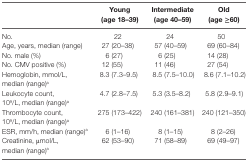
<table><thead><tr><td></td><td><b>Young (age 18–39)</b></td><td><b>Intermediate (age 40–59)</b></td><td><b>Old (age ≥60)</b></td></tr></thead><tbody><tr><td>No.</td><td>22</td><td>24</td><td>50</td></tr><tr><td>Age, years, median (range)</td><td>27 (20–38)</td><td>57 (40–59)</td><td>69 (60–84)</td></tr><tr><td>No. male (%)</td><td>6 (27)</td><td>6 (25)</td><td>14 (28)</td></tr><tr><td>No. CMV positive (%)</td><td>12 (55)</td><td>11 (46)</td><td>27 (54)</td></tr><tr><td>Hemoglobin, mmol/L, median (range)<sup>a</sup></td><td>8.3 (7.3–9.5)</td><td>8.5 (7.5–10.0)</td><td>8.6 (7.1–10.2)</td></tr><tr><td>Leukocyte count, 10<sup>9</sup>/L, median (range)<sup>a</sup></td><td>4.7 (2.8–7.5)</td><td>5.3 (3.5–8.2)</td><td>5.8 (2.9–9.1)</td></tr><tr><td>Thrombocyte count, 10<sup>9</sup>/L, median (range)<sup>a</sup></td><td>275 (173–422)</td><td>240 (161–381)</td><td>240 (121–350)</td></tr><tr><td>ESR, mm/h, median (range)<sup>a</sup></td><td>6 (1–16)</td><td>8 (1–15)</td><td>8 (2–26)</td></tr><tr><td>Creatinine, μmol/L, median (range)<sup>a</sup></td><td>62 (53–90)</td><td>71 (58–89)</td><td>69 (49–97)</td></tr></tbody></table>